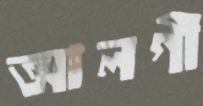
আলগী